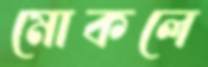
মোকলে